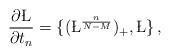
LaTeX: \begin{align*}\frac{\partial\L}{\partial t_n} = \{ (\L^{\frac{n}{N-M}})_{+} , \L \}\,,\end{align*}